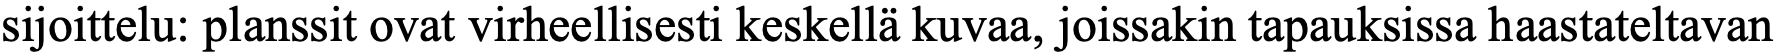
sijoittelu: planssit ovat virheellisesti keskellä kuvaa, joissakin tapauksissa haastateltavan